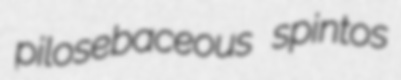
pilosebaceous spintos